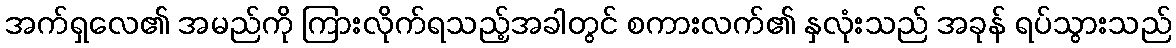
အက်ရှလေ၏ အမည်ကို ကြားလိုက်ရသည့်အခါတွင် စကားလက်၏ နှလုံးသည် အခုန် ရပ်သွားသည်